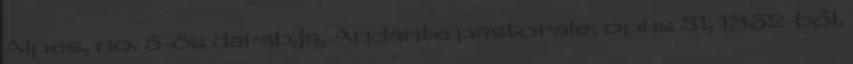
Alpes, no. 5-ös darabja, Andante pastorale, opus 31, 1852-ből.